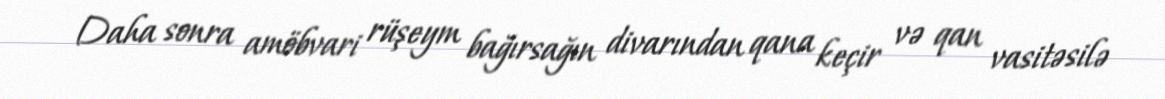
Daha sonra amöbvari rüşeym bağırsağın divarından qana keçir və qan vasitəsilə